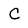
Character: C